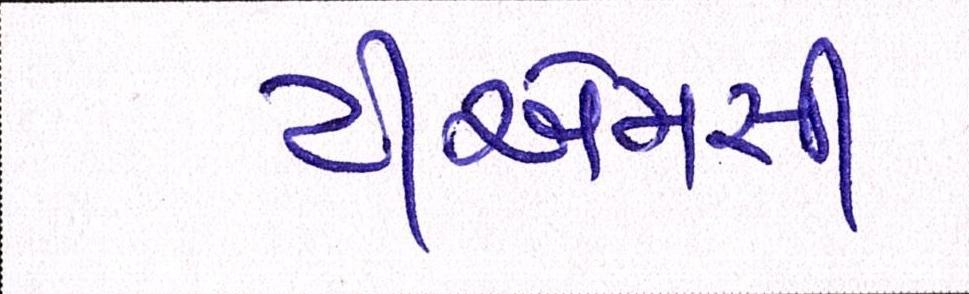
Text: ટીએમસી